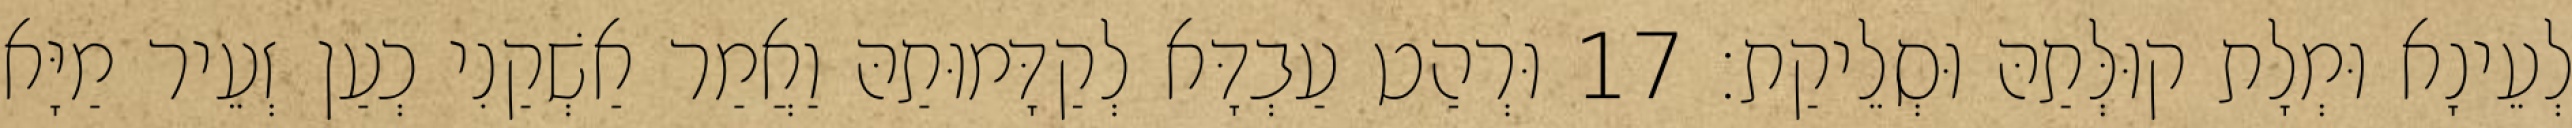
לְעֵינָא וּמְלָת קוּלְּתַהּ וּסְלֵיקַת׃ 17 וּרְהַט עַבְדָּא לְקַדָּמוּתַהּ וַאֲמַר אַשְׁקַנִי כְעַן זְעֵיר מַיָּא